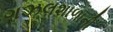
ગઝલશાળાની